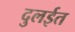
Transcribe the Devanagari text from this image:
दुलईत